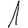
Digit: 1